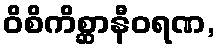
ဝိစိကိစ္ဆာနီဝရဏ,